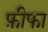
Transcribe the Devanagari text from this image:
फ़ीफा